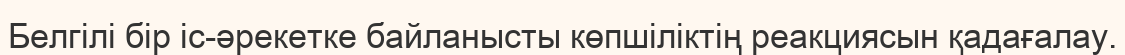
Белгілі бір іс-әрекетке байланысты көпшіліктің реакциясын қадағалау.